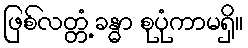
ဖြစ်လတ္တံ့ ခန္ဓာ စုပုံကာမရှိ။